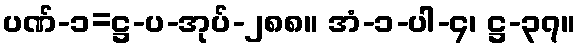
ပဏ်-၁=ဋ္ဌ-ပ-အုပ်-၂၈၈။ အံ-၁-ပါ-၄၊ ဋ္ဌ-၃၇။